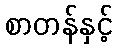
စာတန်နှင့်